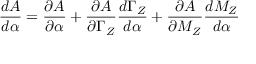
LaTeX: \frac { d A } { d \alpha } = \frac { \partial A } { \partial \alpha } + \frac { \partial A } { \partial \Gamma _ { Z } } \frac { d \Gamma _ { Z } } { d \alpha } + \frac { \partial A } { \partial M _ { Z } } \frac { d M _ { Z } } { d \alpha }